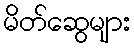
မိတ်ဆွေများ